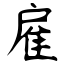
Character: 雇